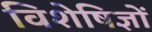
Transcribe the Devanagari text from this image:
विशेषिज्ञों